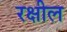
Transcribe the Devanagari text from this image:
रक्षील